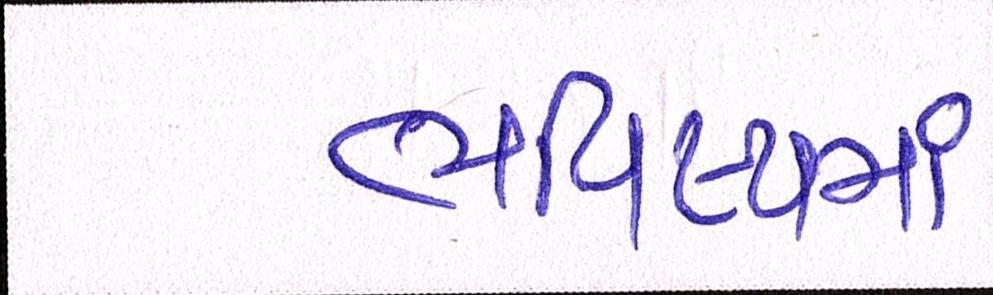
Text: ભવિષ્યમાં